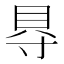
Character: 𮙮